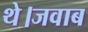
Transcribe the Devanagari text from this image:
थे।जवाब